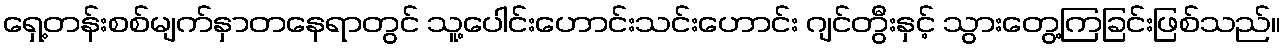
ရှေ့တန်းစစ်မျက်နှာတနေရာတွင် သူ့ပေါင်းဟောင်းသင်းဟောင်း ဂျင်တွီးနှင့် သွားတွေ့ကြခြင်းဖြစ်သည်။